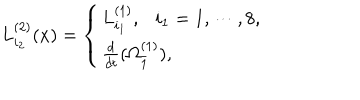
L _ { i _ { 2 } } ^ { ( 2 ) } ( x ) = \left\{ \begin{array} { l l } { { L _ { i _ { 1 } } ^ { ( 1 ) } , \ \ \ i _ { 1 } = 1 , \cdots , 8 , } } \\ { { \frac { d } { d t } ( \Omega _ { \bar { 1 } } ^ { ( 1 ) } ) , } } \\ \end{array} \right.